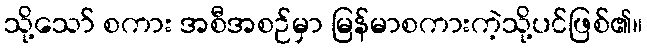
သို့သော် စကား အစီအစဉ်မှာ မြန်မာစကားကဲ့သို့ပင်ဖြစ်၏။